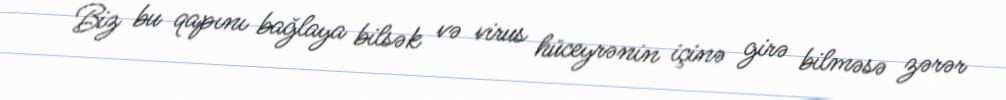
Biz bu qapını bağlaya bilsək və virus hüceyrənin içinə girə bilməsə zərər